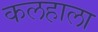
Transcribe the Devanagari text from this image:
कलहाला